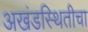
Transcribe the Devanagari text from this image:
अखंडस्थितीचा